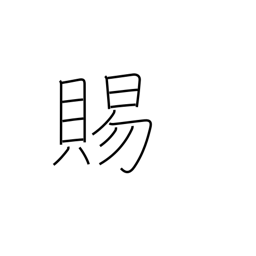
Meaning: boon